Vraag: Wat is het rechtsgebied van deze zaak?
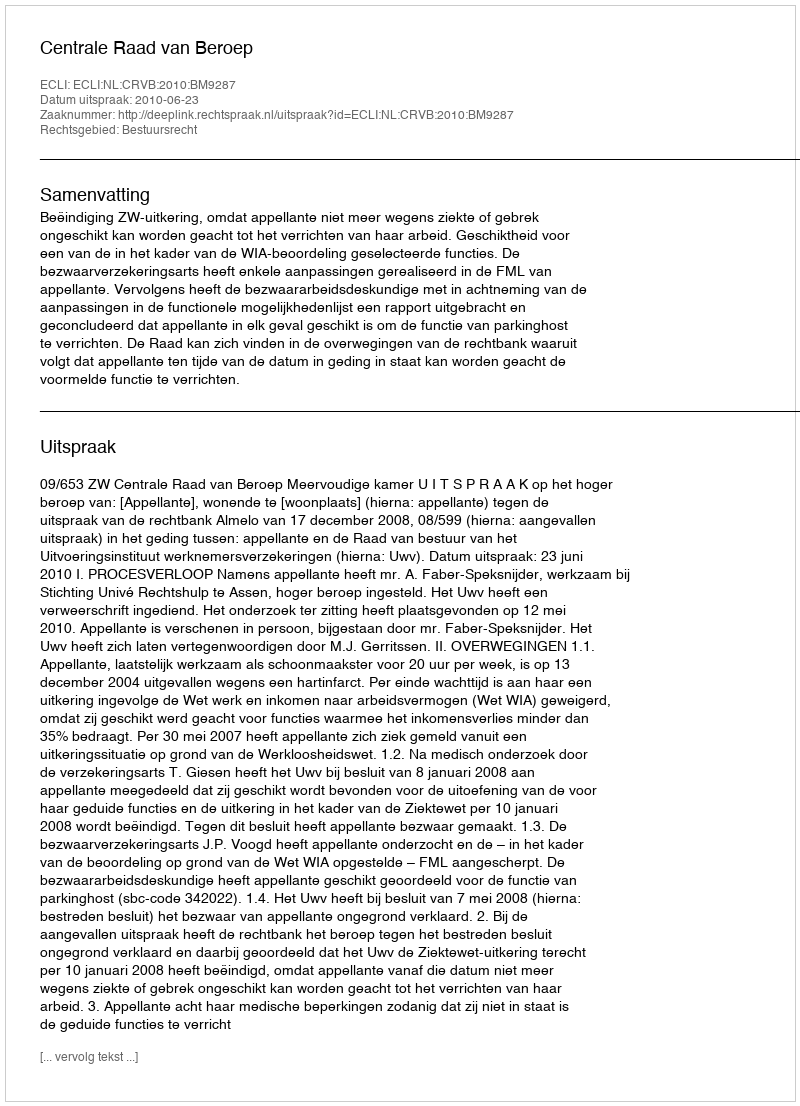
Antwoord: Bestuursrecht